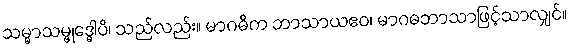
သမ္မာသမ္ဗုဒ္ဓေါပိ၊ သည်လည်း။ မာဂဓိက ဘာသာယဧဝ၊ မာဂဓဘာသာဖြင့်သာလျှင်။